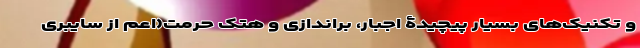
و تکنیک‌های بسیار پیچیدۀ اجبار، براندازی و هتک حرمت(اعم از سایبری